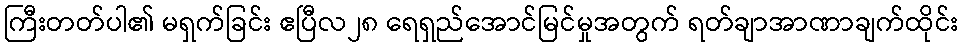
ကြီးတတ်ပါ၏ မရှက်ခြင်း ဧပြီလ၂၈ ရေရှည်အောင်မြင်မှုအတွက် ရတ်ချာအာဏာချက်ထိုင်း